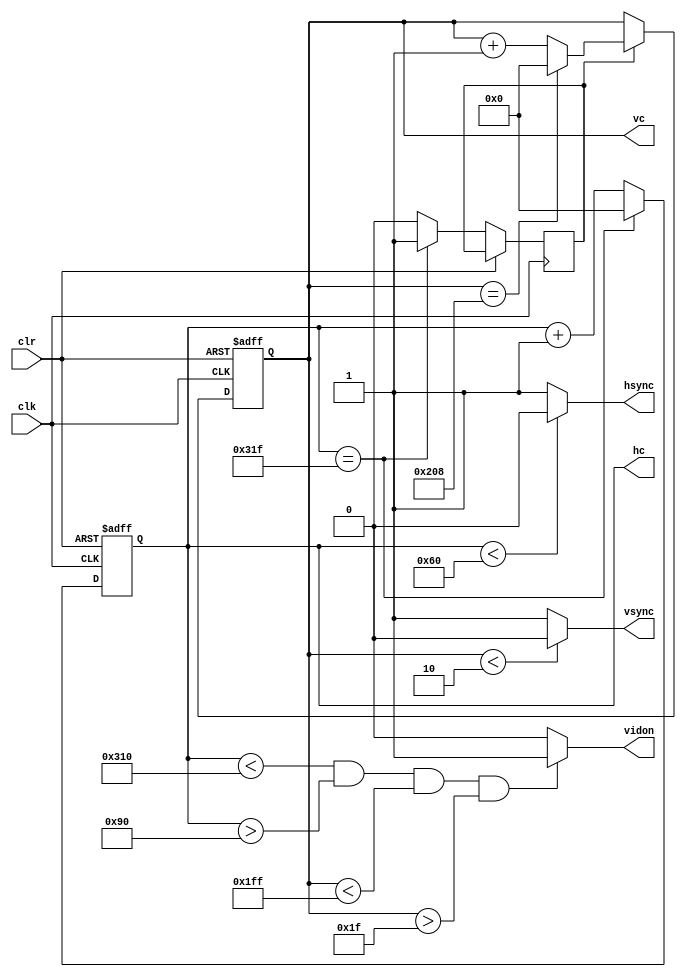
module vga_640_480_stripes(
	input wire clk,
	input wire clr,
	output reg hsync,
	output reg vsync,
	output reg [9:0] hc,
	output reg [9:0] vc,
	output reg vidon
    );
	 
	 parameter hpixels = 10'b1100100000, //800
				  vlines = 10'b1000001001, //521
				  hbp = 10'b0010010000, //144
				  hfp = 10'b1100010000, //784
				  vbp = 10'b0000011111, //31
				  vfp = 10'b0111111111; //511
				  
	 reg vsenable; //enable for the vertical counter
	 
	 //horizontal sync signal counter
	 always @(posedge clk or posedge clr)
	 begin
		if(clr==1)
			hc<=0;
		else
		begin
			if(hc==hpixels-1)
				begin //the counter has reached the end of pixel count
					hc<=0;
					vsenable <=1;//enable the vertical counter to inc
				end
			else
			begin
				hc<=hc+1;
				vsenable <= 0;
			end
		end
	end
	
	//generate hsync pulse, SP=96, when 0<hc<96, SP is low...
	always @ (*)
	begin 
		if(hc<96)
			hsync=0;
		else
			hsync=1;
		end
		
	//vertical sync signal counter
	always @ (posedge clk or posedge clr)
	begin
		if(clr==1)
			vc<=0;
		else
			if(vsenable==1)
			begin
				if(vc==vlines-1)//reset when the number of lines is reached
					vc<=0;
				else
					vc<=vc+1;
			end
		end
	//generate vsync pulse
	always @(*)
		begin
			if(vc<2)
				vsync=0;
			else 
				vsync=1;
		end
	
	//enable video out when within the porches
	always@(*)
	begin
		if((hc<hfp)&&(hc>hbp)&&(vc<vfp)&&(vc>vbp))
			vidon = 1;
		else
			vidon = 0;
	end
	 
				  


endmodule